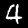
Digit: 4